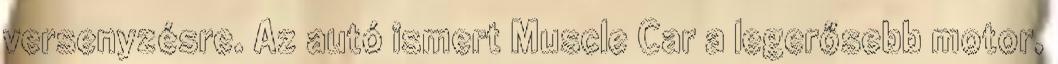
versenyzésre. Az autó ismert Muscle Car a legerősebb motor,